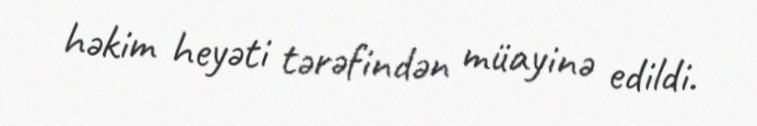
həkim heyəti tərəfindən müayinə edildi.